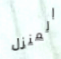
المنزل